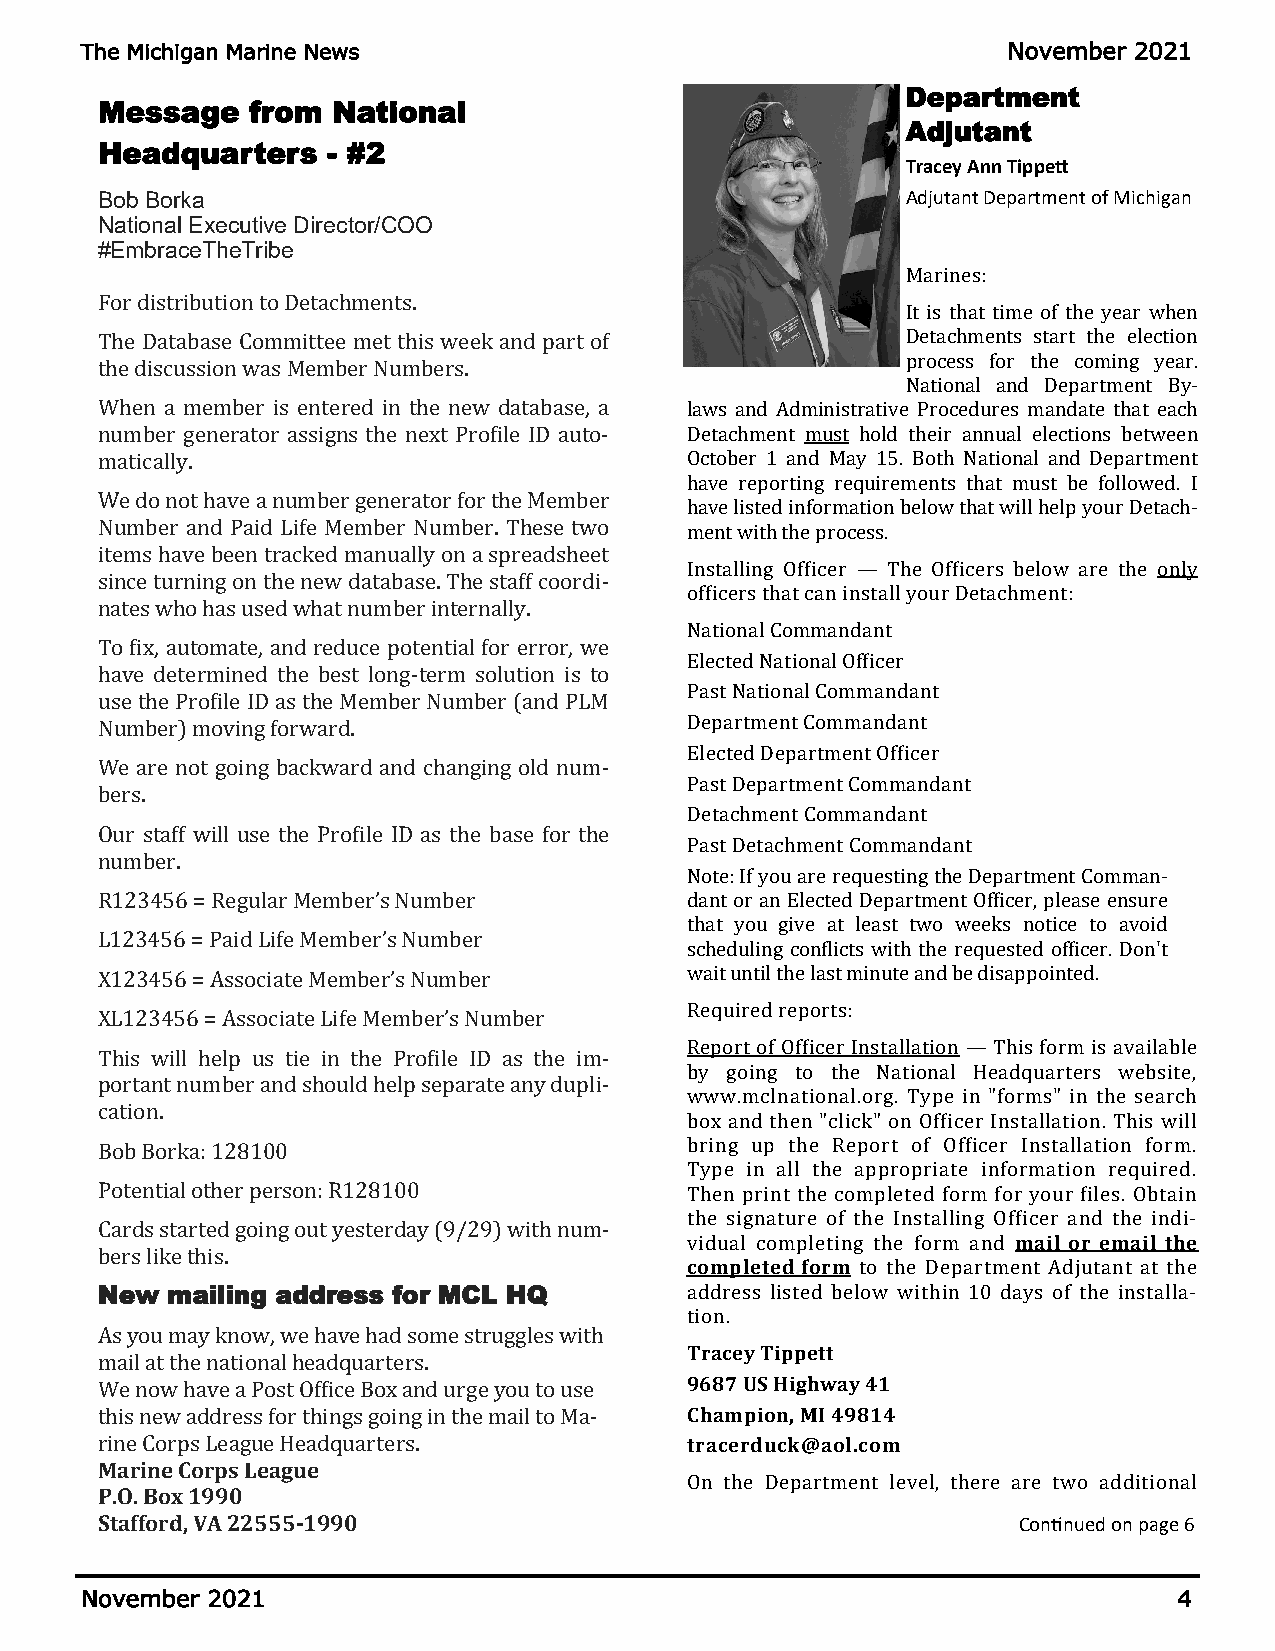
The Michigan Marine News                                      November 2021
 Department
 Message    from National
 Adjutant
 Headquarters    - #2
 Tracey Ann Tippett
 Bob Borka                                             Adjutant Department of Michigan
 National Executive Director/COO
 #EmbraceTheTribe
 Marines:
 For distribution to Detachments.
 It is that time of the year when
 The Database Committee met this week and part of      Detachments start the election
 process for the coming year.
 the discussion was Member Numbers.
 National and Department By-
 When a member is entered in the new database, a laws and Administrative Procedures mandate that each
 number generator assigns the next Profile ID auto- Detachment must hold their annual elections between
 matically.                             October 1 and May 15. Both National and Department
 have reporting requirements that must be followed. I
 We do not have a number generator for the Member
 have listed information below that will help your Detach-
 Number and Paid Life Member Number. These two ment with the process.
 items have been tracked manually on a spreadsheet
 Installing Officer — The Officers below are the only
 since turning on the new database. The staff coordi-
 officers that can install your Detachment:
 nates who has used what number internally.
 National Commandant
 To fix, automate, and reduce potential for error, we
 Elected National Officer
 have determined the best long-term solution is to
 Past National Commandant
 use the Profile ID as the Member Number (and PLM
 Number) moving forward.                Department Commandant
 Elected Department Officer
 We are not going backward and changing old num-
 Past Department Commandant
 bers.
 Detachment Commandant
 Our staff will use the Profile ID as the base for the
 Past Detachment Commandant
 number.
 Note: If you are requesting the Department Comman-
 R123456 = Regular Member’s Number      dant or an Elected Department Officer, please ensure
 that you give at least two weeks notice to avoid
 L123456 = Paid Life Member’s Number
 scheduling conflicts with the requested officer. Don't
 X123456 = Associate Member’s Number    wait until the last minute and be disappointed.
 Required reports:
 XL123456 = Associate Life Member’s Number
 Report of Officer Installation — This form is available
 This will help us tie in the Profile ID as the im-
 by going to the National Headquarters website,
 portant number and should help separate any dupli-
 www.mclnational.org. Type in "forms" in the search
 cation.
 box and then "click" on Officer Installation. This will
 Bob Borka: 128100                      bring up the Report of Officer Installation form.
 Type in all the appropriate information required.
 Potential other person: R128100        Then print the completed form for your files. Obtain
 the signature of the Installing Officer and the indi-
 Cards started going out yesterday (9/29) with num-
 vidual completing the form and mail or email the
 bers like this.
 completed form to the Department Adjutant at the
 New  mailing address for MCL HQ        address listed below within 10 days of the installa-
 tion.
 As you may know, we have had some struggles with
 Tracey Tippett
 mail at the national headquarters.
 We now have a Post Office Box and urge you to use 9687 US Highway 41
 this new address for things going in the mail to Ma- Champion, MI 49814
 rine Corps League Headquarters.        tracerduck@aol.com
 Marine Corps League
 On the Department level, there are two additional
 P.O. Box 1990
 Stafford, VA 22555-1990                                      Continued on page 6
 November 2021                                                            4